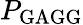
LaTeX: P_{\mathrm{GAGG}}